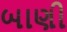
બાણી